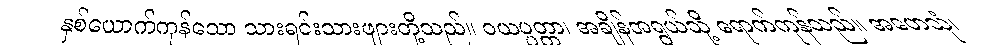
နှစ်ယောက်ကုန်သော သားရင်းသားဖျားတို့သည်။ ဝယပ္ပတ္တာ၊ အချိန်အရွယ်သို့ ရောက်ကုန်သည်။ အဟေသုံ၊